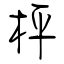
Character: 枰